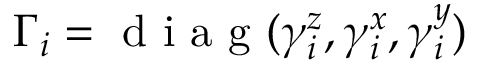
\boldsymbol { \Gamma _ { i } } = \mathrm { ~ d ~ i ~ a ~ g ~ } ( \gamma _ { i } ^ { z } , \gamma _ { i } ^ { x } , \gamma _ { i } ^ { y } )